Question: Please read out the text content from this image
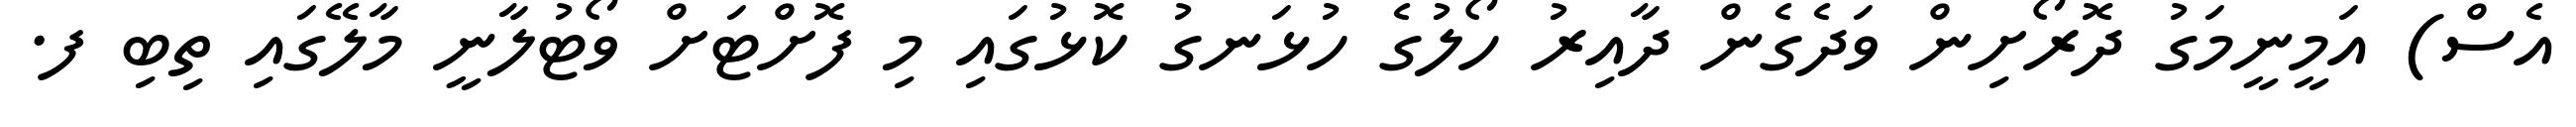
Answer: އެސް) އަމީނީމަގު ދޮރޯށިން ވަދެގެން ދާއިރު ހޯލުގެ ހުޅަނގު ކޮޅުގައި މި ފޮށްޓަށް ވޯޓުލާނީ މާލޭގައި ތިބި ފ.